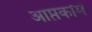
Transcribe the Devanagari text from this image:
आप्तकाम